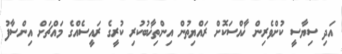
އަދި ސިޔާސީ ކުށްވެރިން ޚާއްސަކޮށް ރައްޔިތުން އިންތިޚާބުކުރި ކުރީގެ ރައީސެއްގެ މައްޗަށް އިންސާފު